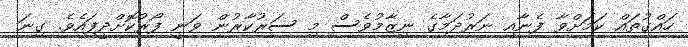
ހައްގުތައް ކަމަށްވާ ފެނާއި ނަރުދަމާގެ ނިޒާމުވެސް މި ސަރުކާރުން ވަނީ ފޯރުކޮށްދީފައެވެ. ގިނަ